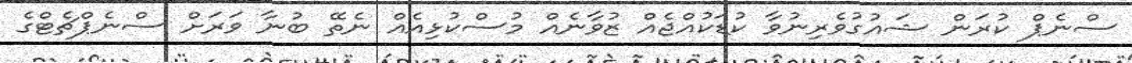
ސްނެޕް ކުރަން ޝައުގުވެރިނުވާ ކުޑަކުއްޖެއް ޒުވާނެއް މުސްކުޅިއެއް ނެތޭ ބުނާ ވަރަށް ސްނެޕްޗެޓްގެ